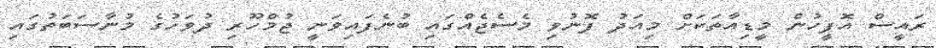
ރައީސް އޮފީހުން މީޑިއާތަކަށް މިއަދު ފޮނުވި މެސެޖެއްގައި ބުނެފައިވަނީ ޖުމްހޫރި ދުވަހުގެ މުނާސަބަތުގައި